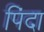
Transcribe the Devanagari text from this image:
पिंदा